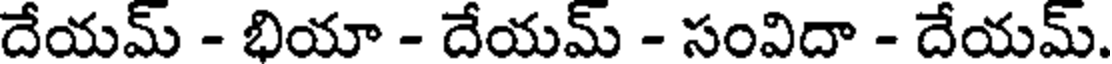
దేయమ్ - భియా - దేయమ్ - సంవిదా - దేయమ్.